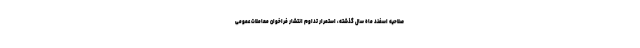
صلاحیه اسفند ماه سال گذشته، استمرار تداوم انتشار فراخوان معاملات عمومی